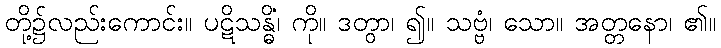
တို့၌လည်းကောင်း။ ပဋိသန္ဓိံ၊ ကို။ ဒတွာ၊ ၍။ သဗ္ဗံ၊ သော။ အတ္တနော၊ ၏။